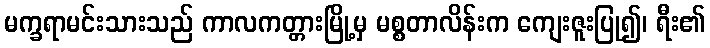
မက္ခရာမင်းသားသည် ကာလကတ္တားမြို့မှ မစ္စတာလိန်းက ကျေးဇူးပြု၍၊ ရီး၏